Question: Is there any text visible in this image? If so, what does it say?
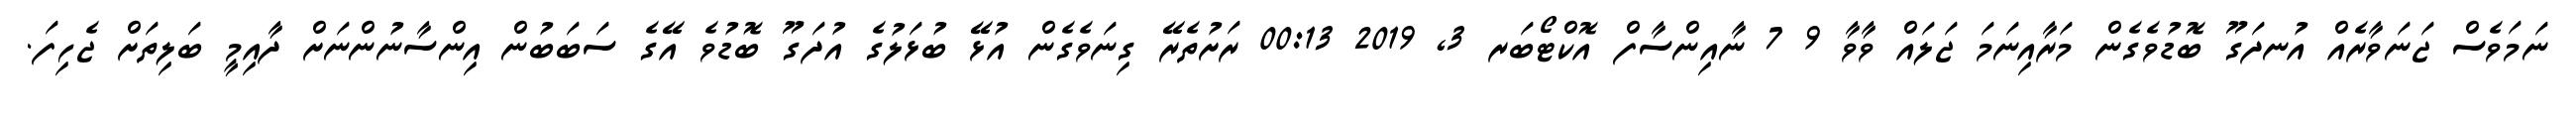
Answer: ނަމަވެސް ޖަނަވާރެއް އުނދަގޫ ބޮޑުވެގެން މަރާއިނަމަ ޖަލައް ވާވާ 9 7 ނާއިންސާފް އޮކްޓޯބަރ 3, 2019 00:13 ރަށުތެރޭ ގިނަވެގެން އުޅޭ ބުޅަލުގެ އުދަގޫ ބޮޑުވެ އޭގެ ސަބަބުން އިންސާނުންނަށް ދާއިމީ ބަލިތަށް ޖެހިފަ.